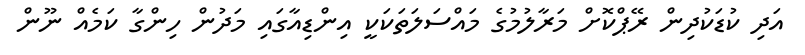
އަދި ކުޑަކުދިން ރޭޕްކޮށް މަރާލުމުގެ މައްސަލަތަކަކީ އިންޑިއާގައި މަދުން ހިންގާ ކަމެއް ނޫން